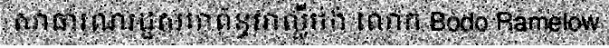
សាធារណរដ្ឋសហព័ន្ធអាល្លឺម៉ង់ លោក Bodo Ramelow